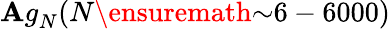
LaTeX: {\mathbf{A}g}_{N}({N}\ensuremath{{\sim}}6-6000)